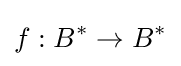
f:B^{*}\to B^{*}